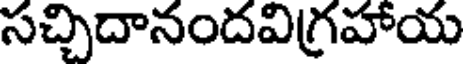
సచ్చిదానందవిగ్రహాయ